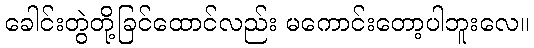
ခေါင်းတွဲတို့ခြင်ထောင်လည်း မကောင်းတော့ပါဘူးလေ။